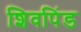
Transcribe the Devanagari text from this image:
शिवपिंड